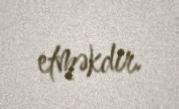
etməkdir.